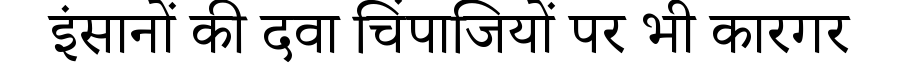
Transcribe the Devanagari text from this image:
इंसानों की दवा चिंपाजियों पर भी कारगर